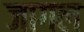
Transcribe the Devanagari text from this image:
जागल